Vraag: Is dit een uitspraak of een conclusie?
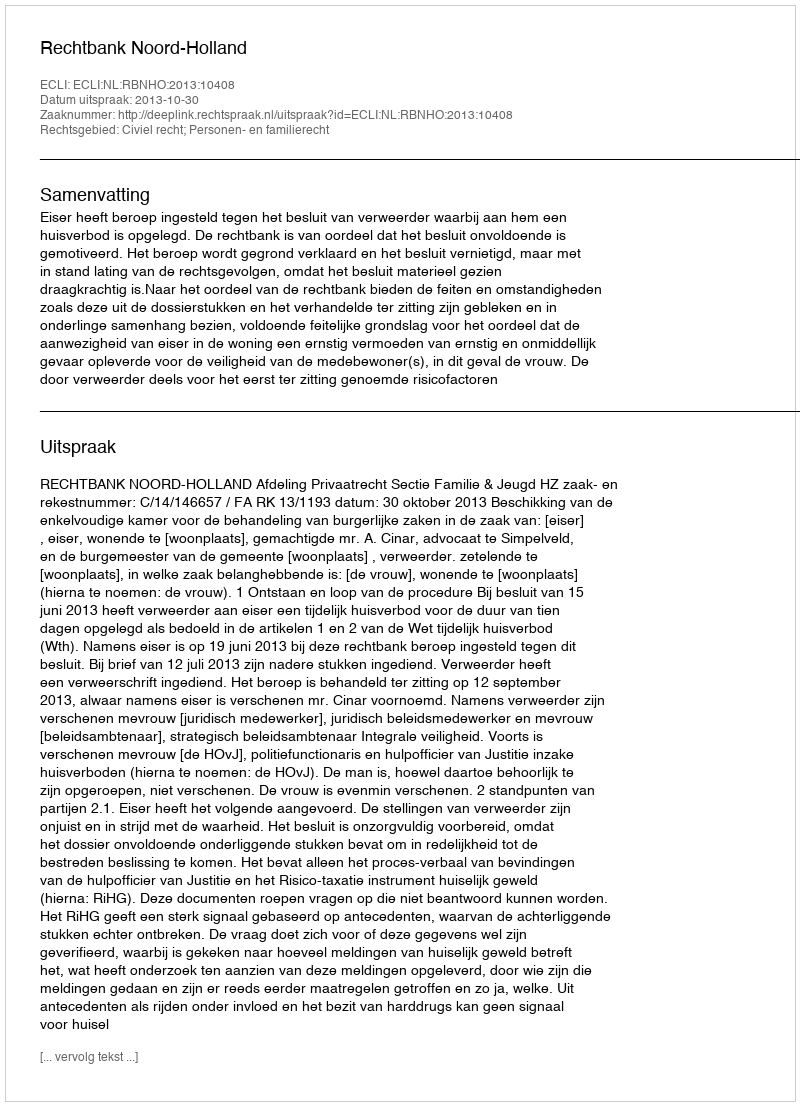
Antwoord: Uitspraak